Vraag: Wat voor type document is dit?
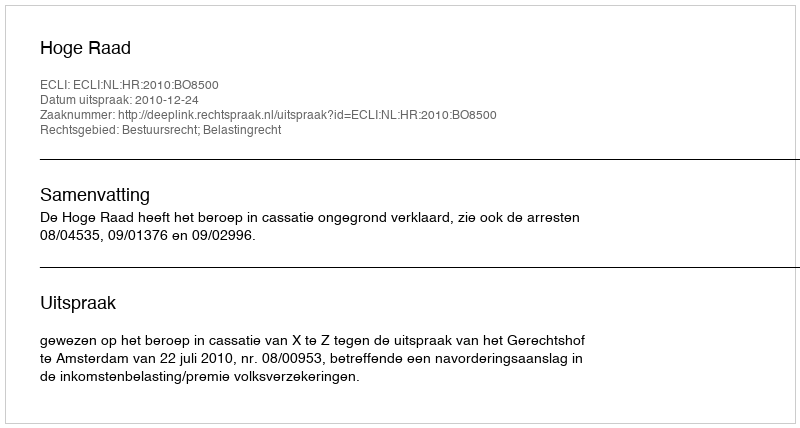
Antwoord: Uitspraak